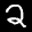
Label: 2